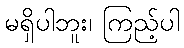
မရှိပါဘူး၊ ကြည့်ပါ